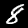
Digit: 8